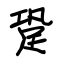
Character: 跫